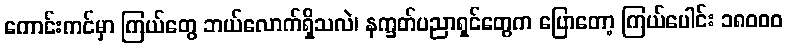
ကောင်းကင်မှာ ကြယ်တွေ ဘယ်လောက်ရှိသလဲ၊ နက္ခတ်ပညာရှင်တွေက ပြောတော့ ကြယ်ပေါင်း ၁၈၀၀၀